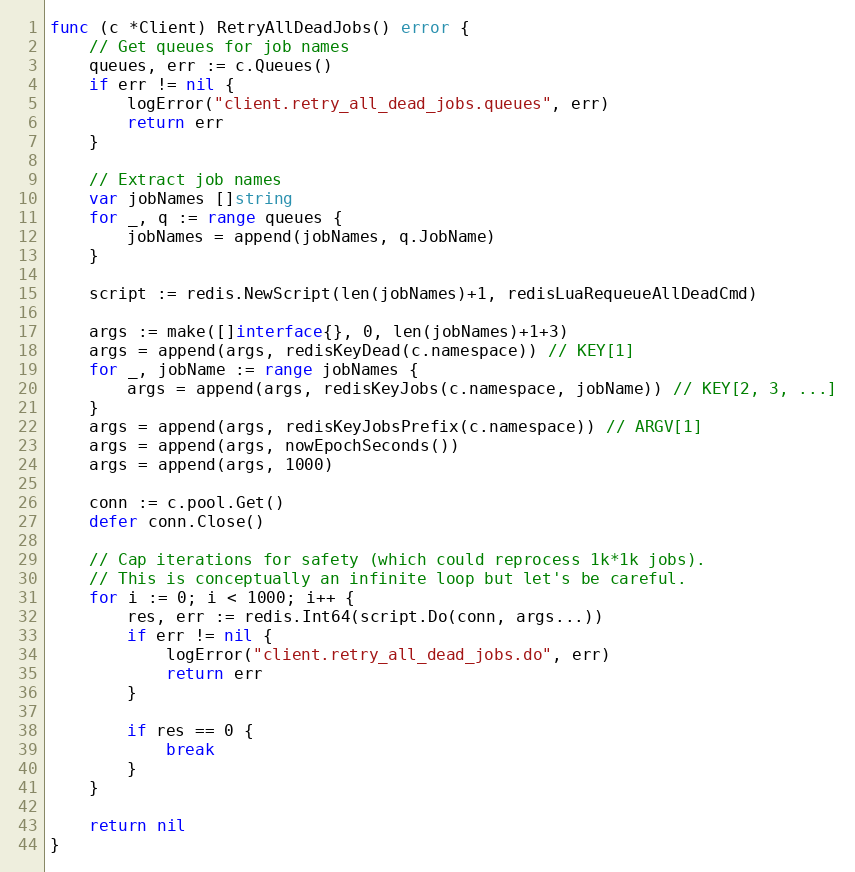
Language: Go
func (c *Client) RetryAllDeadJobs() error {
	// Get queues for job names
	queues, err := c.Queues()
	if err != nil {
		logError("client.retry_all_dead_jobs.queues", err)
		return err
	}

	// Extract job names
	var jobNames []string
	for _, q := range queues {
		jobNames = append(jobNames, q.JobName)
	}

	script := redis.NewScript(len(jobNames)+1, redisLuaRequeueAllDeadCmd)

	args := make([]interface{}, 0, len(jobNames)+1+3)
	args = append(args, redisKeyDead(c.namespace)) // KEY[1]
	for _, jobName := range jobNames {
		args = append(args, redisKeyJobs(c.namespace, jobName)) // KEY[2, 3, ...]
	}
	args = append(args, redisKeyJobsPrefix(c.namespace)) // ARGV[1]
	args = append(args, nowEpochSeconds())
	args = append(args, 1000)

	conn := c.pool.Get()
	defer conn.Close()

	// Cap iterations for safety (which could reprocess 1k*1k jobs).
	// This is conceptually an infinite loop but let's be careful.
	for i := 0; i < 1000; i++ {
		res, err := redis.Int64(script.Do(conn, args...))
		if err != nil {
			logError("client.retry_all_dead_jobs.do", err)
			return err
		}

		if res == 0 {
			break
		}
	}

	return nil
}